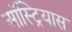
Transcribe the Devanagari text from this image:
ऑस्ट्रियास